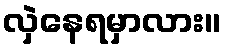
လှဲနေရမှာလား။